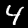
Digit: 4